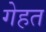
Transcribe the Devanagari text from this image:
गेहत